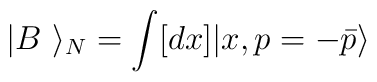
|B~\rangle_N=\int [dx] |x, p=-\bar{p} \rangle